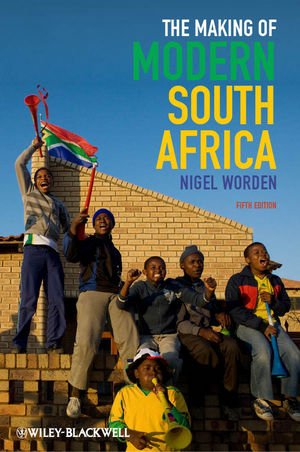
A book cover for The Making of Modern South Africa: Conquest, Apartheid, Democracy; Nigel Worden; History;